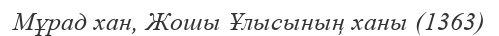
Мұрад хан, Жошы Ұлысының ханы (1363)